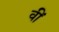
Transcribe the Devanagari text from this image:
वीं